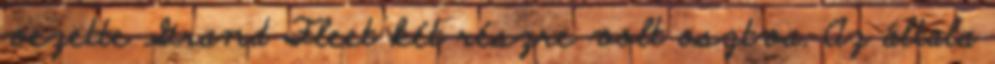
vezette Grand Fleet két részre volt osztva. Az általa